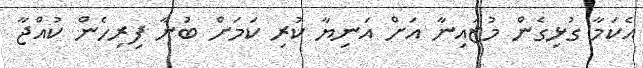
އެކަމާ ގުޅިގެން މުޒައިނާ އަށް އަނިޔާ ކުރި ކަމަށް ބުނާ ފިރިހެން ކުއްޖާ